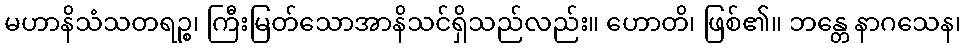
မဟာနိသံသတရဉ္စ၊ ကြီးမြတ်သောအာနိသင်ရှိသည်လည်း။ ဟောတိ၊ ဖြစ်၏။ ဘန္တေ နာဂသေန၊